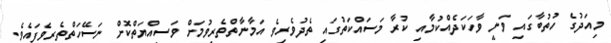
މިއަދުގެ ހުތުބާގައިި ވަނީ ވާހަކަދެއްކުމާއި ކުރާ މަސައްކަތުގައި ތެދުވެރިވެ އަމާނާތްތެރިވުމަށް ވަސިއްޔަތްކޮށް ނަސޭހަތްތެރިވެފައެވެ.